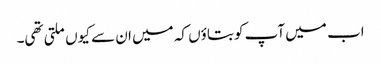
اب میں آپ کو بتاؤں کہ میں ان سے کیوں ملتی تھی۔